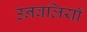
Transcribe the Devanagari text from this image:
उनवलियाँ